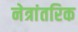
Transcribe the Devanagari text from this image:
नेत्रांतरिक